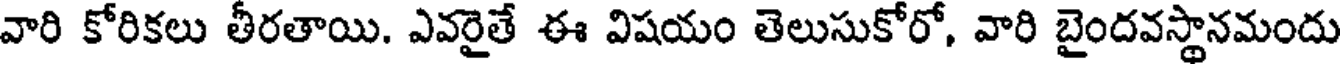
వారి కోరికలు తీరతాయి. ఎవరైతే ఈ విషయం తెలుసుకోరో, వారి బైందవస్థానమందు